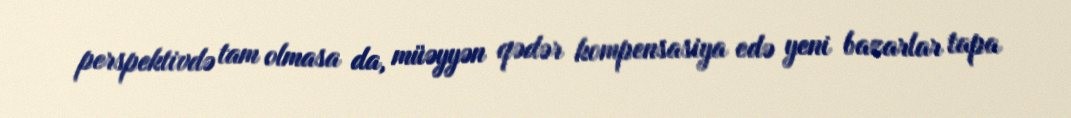
perspektivdə tam olmasa da, müəyyən qədər kompensasiya edə yeni bazarlar tapa